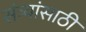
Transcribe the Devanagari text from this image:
संत्र्यांसाठी